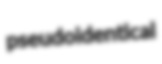
pseudoidentical